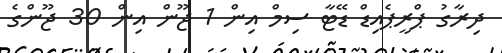
ދިރާގު ޕްރީޕެއިޑް ޑޭޓާ ސިމް އިން 1 ޖޫން އިން 30 ޖޫންގެ